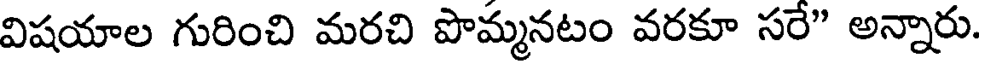
విషయాల గురించి మరచి పొమ్మనటం వరకూ సరే" అన్నారు.